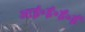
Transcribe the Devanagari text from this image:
आई॰ई॰ई॰ई